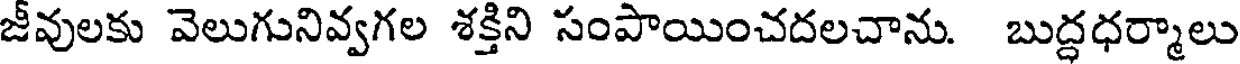
జీవులకు వెలుగునివ్వగల శక్తిని సంపాయించదలచాను. బుద్ధధర్మాలు